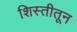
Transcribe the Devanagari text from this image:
शिस्तीतून